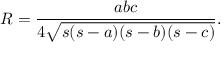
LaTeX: R = { \frac { a b c } { 4 { \sqrt { s ( s - a ) ( s - b ) ( s - c ) } } } } .